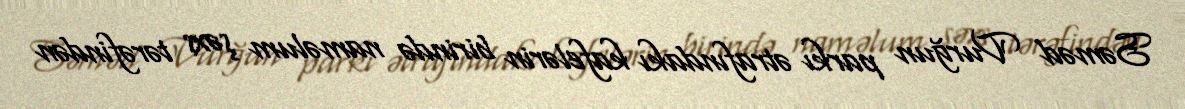
Səməd Vurğun parkı ətrafındakı kafelərin birində naməlum şəxs tərəfindən